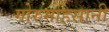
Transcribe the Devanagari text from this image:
गोरुमहिसानी